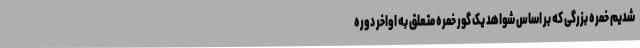
شدیم خمره بزرگی که بر اساس شواهد یک گور خمره متعلق به اواخر دوره